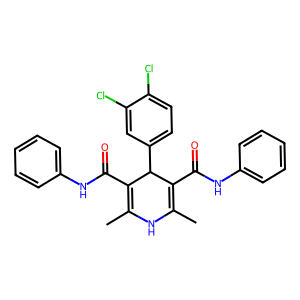
SMILES: CC1=C(C(=O)Nc2ccccc2)C(c2ccc(Cl)c(Cl)c2)C(C(=O)Nc2ccccc2)=C(C)N1
Inhibits HIV replication: No